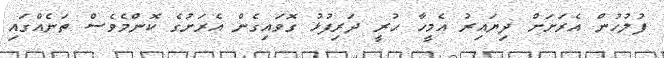
ފުލުހުން އެރަށަށް ދިޔައިރު އެމީހާ ހުރީ ދަރިފުޅު ގޮވައިގެން އެރަށުގެ ކޮންމެވެސް ތަނެއްގައި